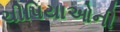
ચીપિયાઓની